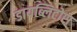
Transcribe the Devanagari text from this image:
डायब्लिटोस